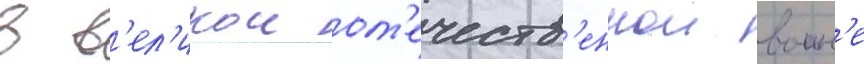
в в'ел'икои от'ечеств'еннои воин'е